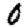
Digit: 0